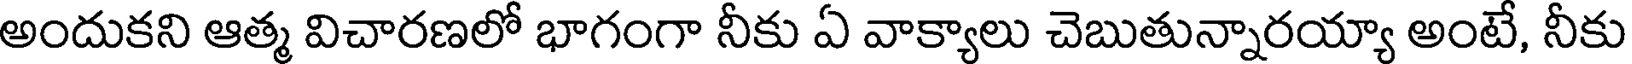
అందుకని ఆత్మ విచారణలో భాగంగా నీకు ఏ వాక్యాలు చెబుతున్నారయ్యా అంటే, నీకు